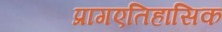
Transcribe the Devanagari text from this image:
प्रागएतिहासिक